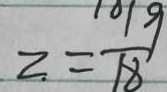
z = \frac { 1 9 } { 1 8 }